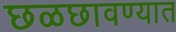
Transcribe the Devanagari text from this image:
छळछावण्यात